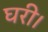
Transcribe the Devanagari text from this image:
घरी।